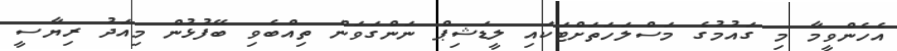
އެހެންވީމާ މި ގައުމުގެ މަސްލަހަތަށްޓަކައި ލީޑަޝިޕް ނަންގަވަން ތިއްބެވި ބޭފުޅުން މިއަދު ރިޔާސީ